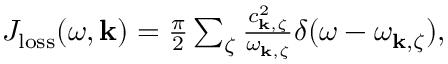
\begin{array} { r } { J _ { \mathrm { l o s s } } ( \omega , { \bf k } ) = \frac { \pi } { 2 } \sum _ { \zeta } \frac { c _ { { \bf k } , \zeta } ^ { 2 } } { \omega _ { { \bf k } , \zeta } } \delta ( \omega - \omega _ { { \bf k } , \zeta } ) , } \end{array}